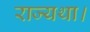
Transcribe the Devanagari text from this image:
राज्यथा।